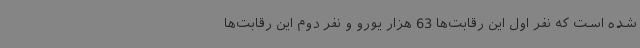
شده است که نفر اول این رقابت‌ها 63 هزار یورو و نفر دوم این رقابت‌ها